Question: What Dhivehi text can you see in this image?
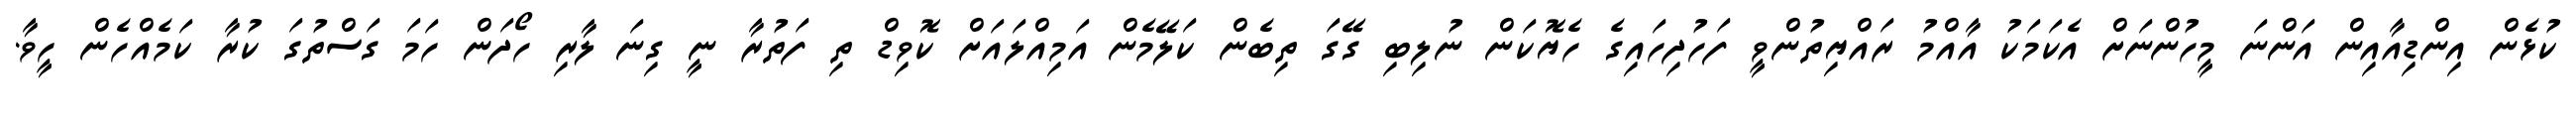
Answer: ކުޅެން އިންޑިއާއިން އަންނަ މީހުންނަށް އެކަމަކު އާއްމު ރައްޔިތުންވީ ފަހުދިހައިގެ ހެޔޮކަން ނުލިބި ގޭގަ ތިބެން ކަލޭމެން އަމިއްލައަށް ކޮވިޑް ތި ފަތުރާ ނީ ގިނަ ލާރި ހޯދަން ހަމަ ގަސްތުގަ ކުރާ ކަމެއްހެން ހީވާ.